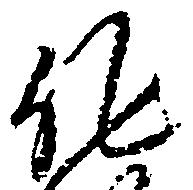
作